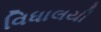
વિધાલયી